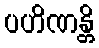
ပဟိဏန္တိ